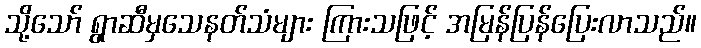
သို့သော် ရွာဆီမှသေနတ်သံများ ကြားသဖြင့် အမြန်ပြန်ပြေးလာသည်။